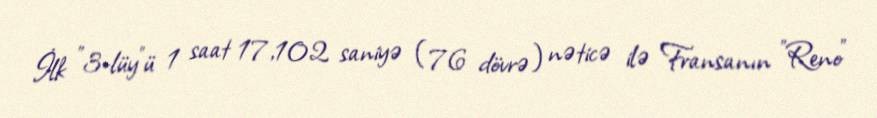
İlk "3-lüy"ü 1 saat 17,102 saniyə (76 dövrə) nəticə ilə Fransanın "Reno"